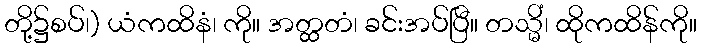
တို့၌စပ်၊) ယံကထိနံ၊ ကို။ အတ္ထတံ၊ ခင်းအပ်ပြီ။ တသ္မိံ၊ ထိုကထိန်ကို။